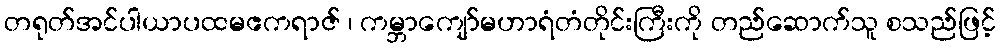
တရုတ်အင်ပါယာပထမဧကရာဇ် ၊ ကမ္ဘာကျော်မဟာရံတံတိုင်းကြီးကို တည်ဆောက်သူ စသည်ဖြင့်